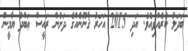
ބަދަލު ކުރެއްވިއެވެ. އަދި 2015 އަހަރު ޤާނޫނެއްގެ ދަށުން ރައީސް ޢަބްދު ޔާމީން